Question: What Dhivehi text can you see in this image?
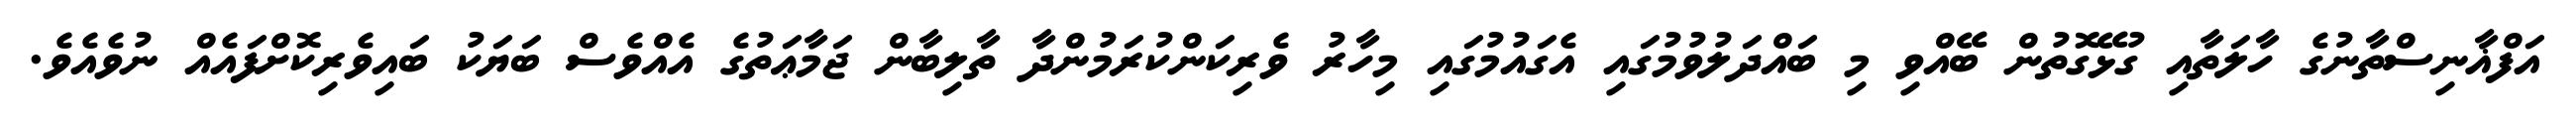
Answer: އަފްޣާނިސްތާނުގެ ހާލަތާއި ގުޅޭގޮތުން ބޭއްވި މި ބައްދަލުވުމުގައި އެގައުމުގައި މިހާރު ވެރިކަންކުރަމުންދާ ތާލިބާން ޖަމާޢަތުގެ އެއްވެސް ބަޔަކު ބައިވެރިކޮށްފައެއް ނުވެއެވެ.